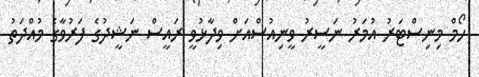
ހޯމް މިނިސްޓަރު އުމަރު ނަސީރު ވީނިއުސްއަށް ވިދާޅުވީ ރައީސް ނަޝީދުގެ ފަރުވާގެ މުއްދަތު